Problem: 40 + 45 = ?
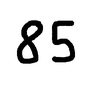
Handwritten answer: 85